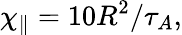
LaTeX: \chi_{\parallel}=10R^{2}/\tau_{A},